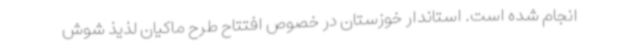
انجام شده است. استاندار خوزستان در خصوص افتتاح طرح ماکیان لذیذ شوش